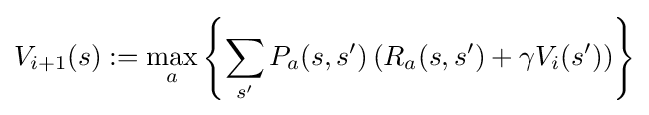
V_{i+1}(s):=\max _{a}\left\{\sum _{s'}P_{a}(s,s')\left(R_{a}(s,s')+\gamma V_{i}(s')\right)\right\}